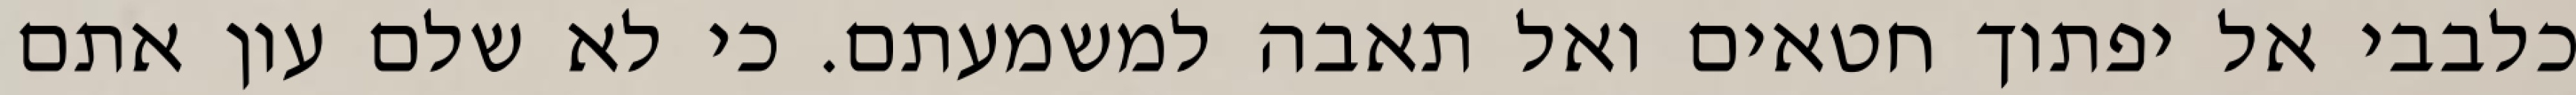
כלבבי אל יפתוך חטאים ואל תאבה למשמעתם. כי לא שלם עון אתם